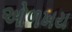
ઓળખય